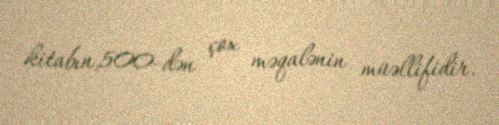
kitabın,500-dən çox məqalənin müəllifidir.